Leaving Certificate, 1898
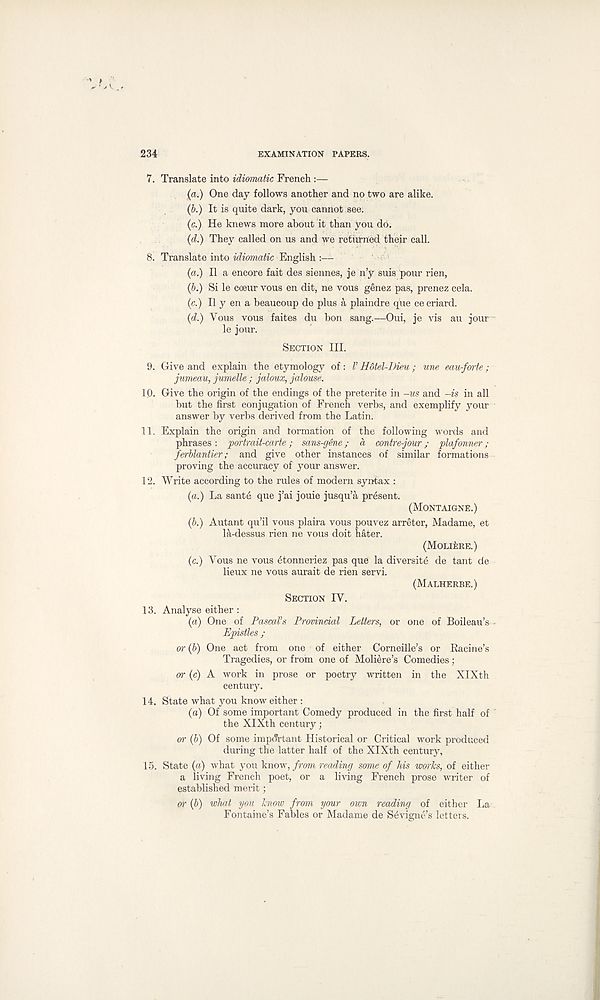
234
EXAMINATION PAPERS.
7. Translate into idiomatic French :—
(a.) One day follows another and no two are alike.
(b.) It is quite dark, you cannot see.
(c.) He knews more about it than you do.
(d.) They called on us and we returned their call.
8. Translate into idiomatic English :—
(a.) II a encore fait des siennes, je n’y suis pour rien,
(6.) Si le coeur vous en dit, ne vous genez pas, prenez cela.
(c.) II y en a beaucoup de plus a plaindre que ce criard.
{d.) Vous vous faites du bon sang.—Oui, je vis an jour
le jour.
SECTION III.
9. Give and explain the etymology of: V H6tel-I)ieu; une eau-forte;
jumeau, jumelle; jaloux, jalo-use.
IQ. Give the origin of the endings of the preterite in -us and -is in all
but the first conjugation of French verbs, and exemplify your
answer by verbs derived from the Latin.
11. Explain the origin and tormation of the following words and
phrases : portrait-carte; sans-gene; a contre-jour; plafonner;
ferblantier; and give other instances of similar formations
proving the accuracy of your answer.
12. Write according to the rules of modern syntax :
(a.) La sante que j’ai jouie jusqu’a present.
(MONTAIGNE.)
(b.) Autant qu’il vous plaira vous pouvez arreter, Madame, et
la-dessus rien ne vous doit hater.
(MOLlfotE.)
(c.) Vous ne vous 6tonneriez pas que la diversite de tant de
lieux ne vous aurait de rien servi.
(MALHERBE.)
SECTION IV.
13. Analyse either :
(a) One of Pascal’s Provincial Letters, or one of Boileau’s
Epistles ;
or (b) One act from one of either Corneille’s or Racine’s
Tragedies, or from one of Moliere’s Comedies;
or (c) A work in prose or poetry written in the XIXth
century.
14. State what you know either :
(a) Of some important Comedy produced in the first half of
the XIXth century;
or (b) Of some important Historical or Critical work produced
during the latter half of the XIXth century,
15. State (a) what you know, from reading some of his works, of either
a living French poet, or a living French prose writer of
established merit;
or (b) what you know from your own reading of either La
Fontaine’s Fables or Madame de S6vigne’s letters.